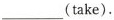
___(take).